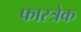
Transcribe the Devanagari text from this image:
फास्त्रेक